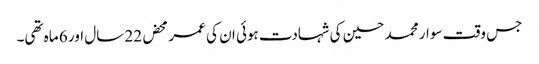
جس وقت سوار محمد حسین کی شہادت ہوئی ان کی عمر محض 22 سال اور 6 ماہ تھی۔